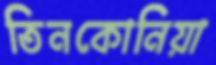
তিনকোনিয়া